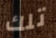
تلك